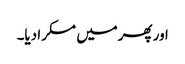
اور پھرمیں مسکرا دیا۔